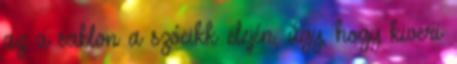
az a sablon a szócikk elején, úgy, hogy kiveri